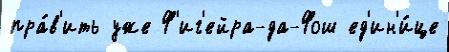
пра́в'ить уже Ф'иг'ейра-да-Фош ед'ин'и́це